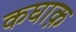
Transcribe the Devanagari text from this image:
कघाक़